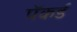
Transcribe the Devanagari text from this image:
पॅकर्ड